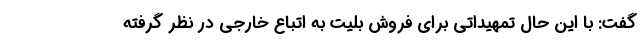
گفت: با این حال تمهیداتی برای فروش بلیت به اتباع خارجی در نظر گرفته